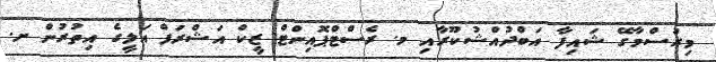
މިރުސްމާގޭ ޝައިފާ އަބްދުއްޝުކޫރާއި މ. ރެސްޓްޕޮއިންޓް ޒީކް އަޝްރަފް އަލީގެ އިތުރުން ށ.